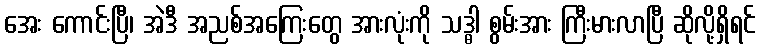
အေး ကောင်းပြီ၊ အဲဒီ အညစ်အကြေးတွေ အားလုံးကို သဒ္ဓါ စွမ်းအား ကြီးမားလာပြီ ဆိုလို့ရှိရင်